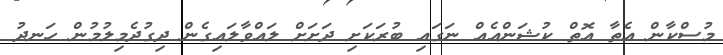
މުސްކާން އެތާ އޮތް ކުޝަންއެއް ނަގައި ބުރަކަށި ދަށަށް ލައްވާލައިގެން ދިގުދެމިލުމުން ހަނދު